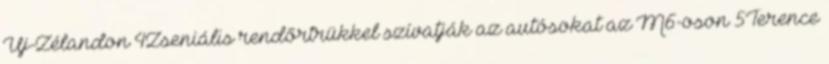
Új-Zélandon 4Zseniális rendőrtrükkel szívatják az autósokat az M6-oson 5Terence